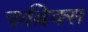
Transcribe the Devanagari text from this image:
रुब्रिक्स